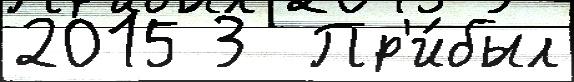
2015 3  Пр'и́был